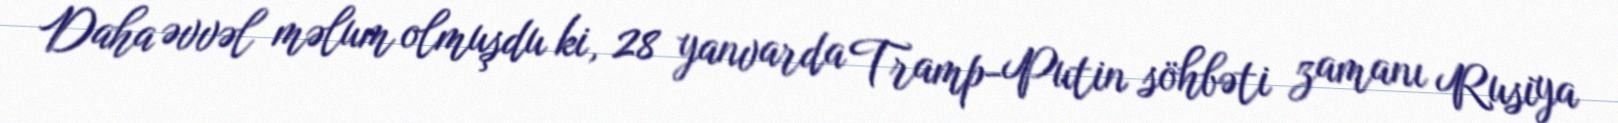
Daha əvvəl məlum olmuşdu ki, 28 yanvarda Tramp-Putin söhbəti zamanı Rusiya